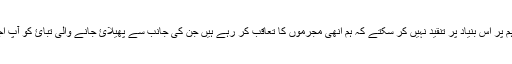
يقينی طور پر آپ ہم پر اس بنياد پر تنقيد نہيں کر سکتے کہ ہم انھی مجرموں کا تعاقب کر رہے ہيں جن کی جانب سے پھيلائ جانے والی تبائ کو آپ اجاگر کر رہے ہيں۔